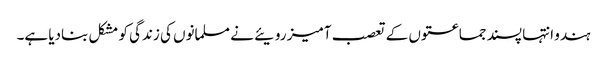
ہندو انتہا پسند جماعتوں کے تعصب آمیز رویئے نے مسلمانوں کی زندگی کو مشکل بنادیا ہے۔